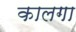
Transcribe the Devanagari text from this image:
कालगा